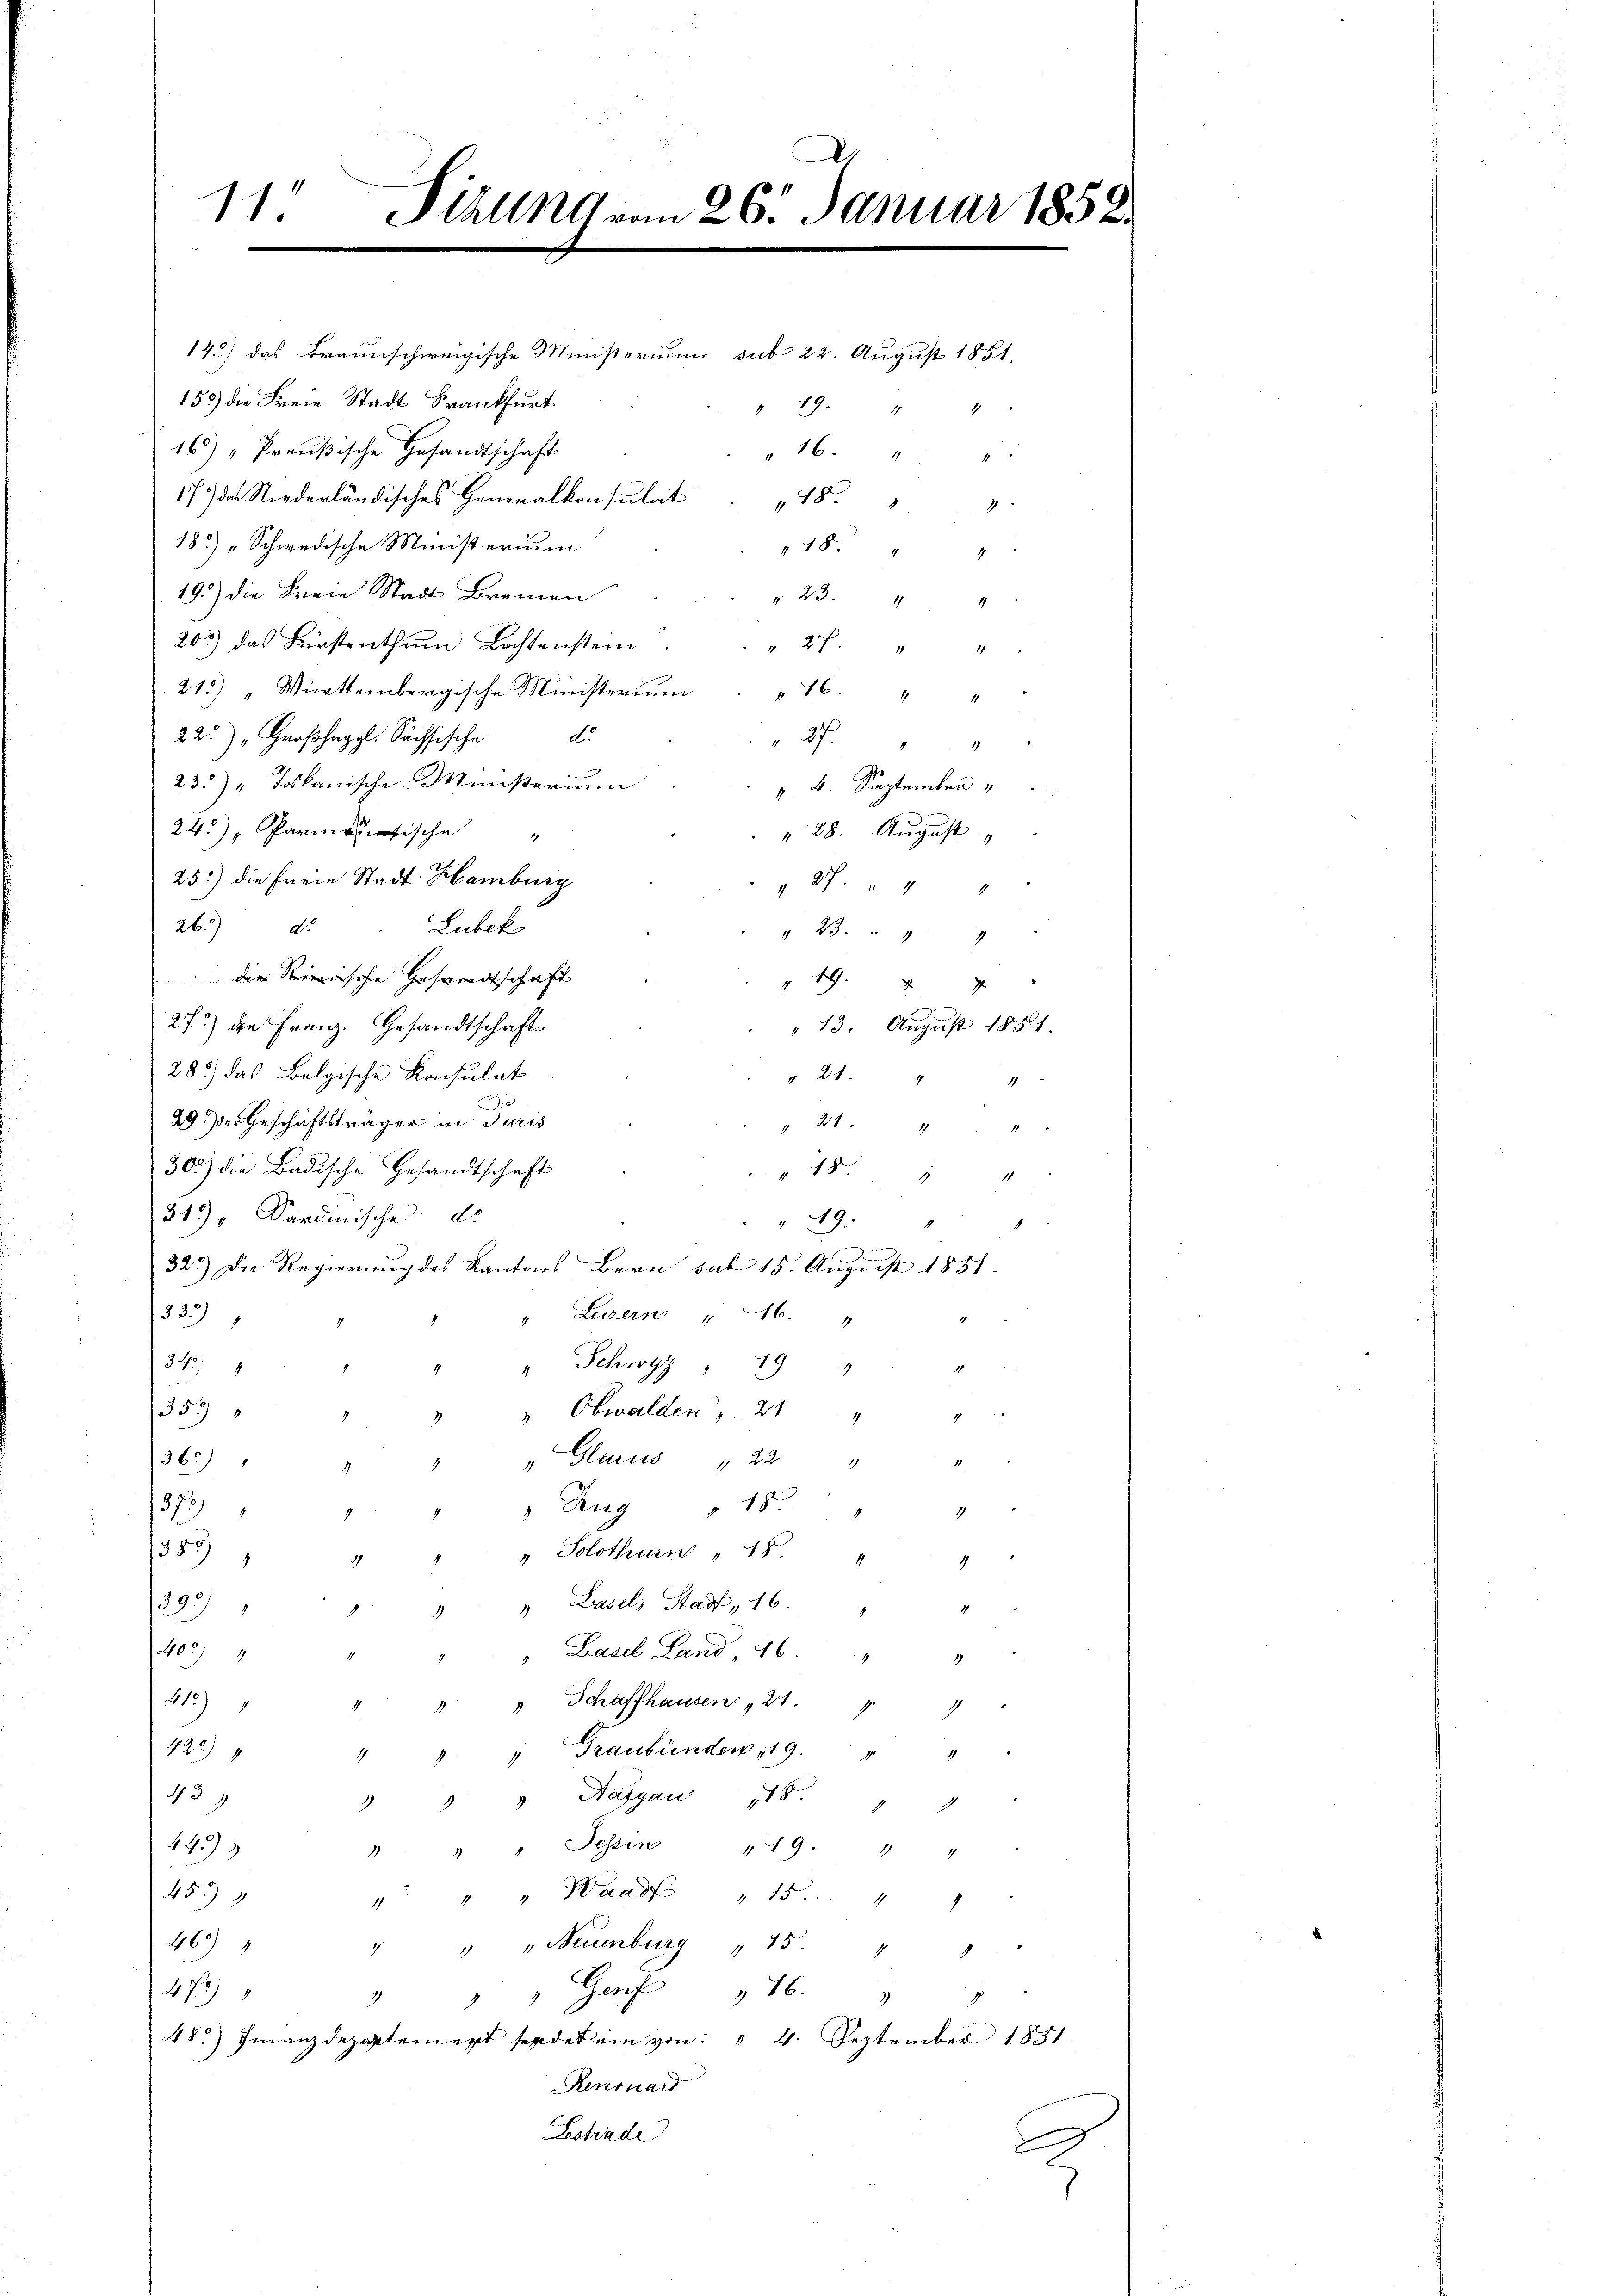
d
11. Pirung vom 26. Januar 1858.

14.) das Braunschweigische Ministerium sub 22. August 1851.
153) die Freie Stadt Frankfurt
19.
165) " Preußische Gesandtschaft
17 des Niederländisches Generalkonsulat 48 " "
18.) „Schwedische Ministerium
 48
19.) Die Freie Stadt Bremen

203) das Bürstenthum Lochtenstein
" 27. 4
215) Württembergische Ministerium " 16. " "
d.
22) Großhergl. Sächsische
27.
23.) " Toskanische Ministerium
 B. September
24.) Pharmonatische
" 28. August
25) die freie Stadt Hamburg
 27. " " 4
26) d. Lubek

 die Reische Gesandtschaft
49. 4 x
272) die Franz. Gesandtschaft
" 13. August 1851.
28.) das Belgische Konsulat
" 21.
1
29.) Der Geschäftsträger in Paris
 " " 4
303) die Badische Gesandtschaft
48 " " 2
313) " Kardinische de
19.
1
323) Die Regierung des Kantons Bern sub 15. August 1851.
1339)
" Luzern 16.
34
" Schwyz 19
9
353
" Obwalden, 21 "
2
Glarus " 22 "
36
1373
 Zug 18 "
"
1353
" Solothurn " 48. "
g
 Basels Stadt, 16
233
40.)
Lasel Land 46. " "
Schaffhausen " 21.
815)
1
420)
Graubünden 19. " "
439
Nasgau 18 " "
1499
Tessin 19. " "
45)
1 " " Waadt " 15 " "
467
" " Neuenburg " 15 "
4
1
Genf 16.
473/
2
J.
48.) Finanzdepartement sendet ein von: " 4. September 1851.
Renonard
Bestrade
e

1
 46. 44